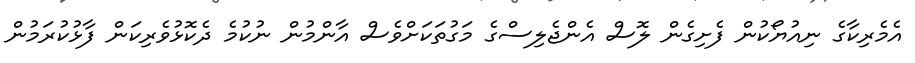
އެމެރިކާގެ ނިއުޔޯކުން ފެށިގެން ލޮސް އެންޖެލިސްގެ މަގުތަކަށްވެސް އާންމުން ނުކުމެ ދެކޮޅުވެރިކަން ފާޅުކުރަމުން